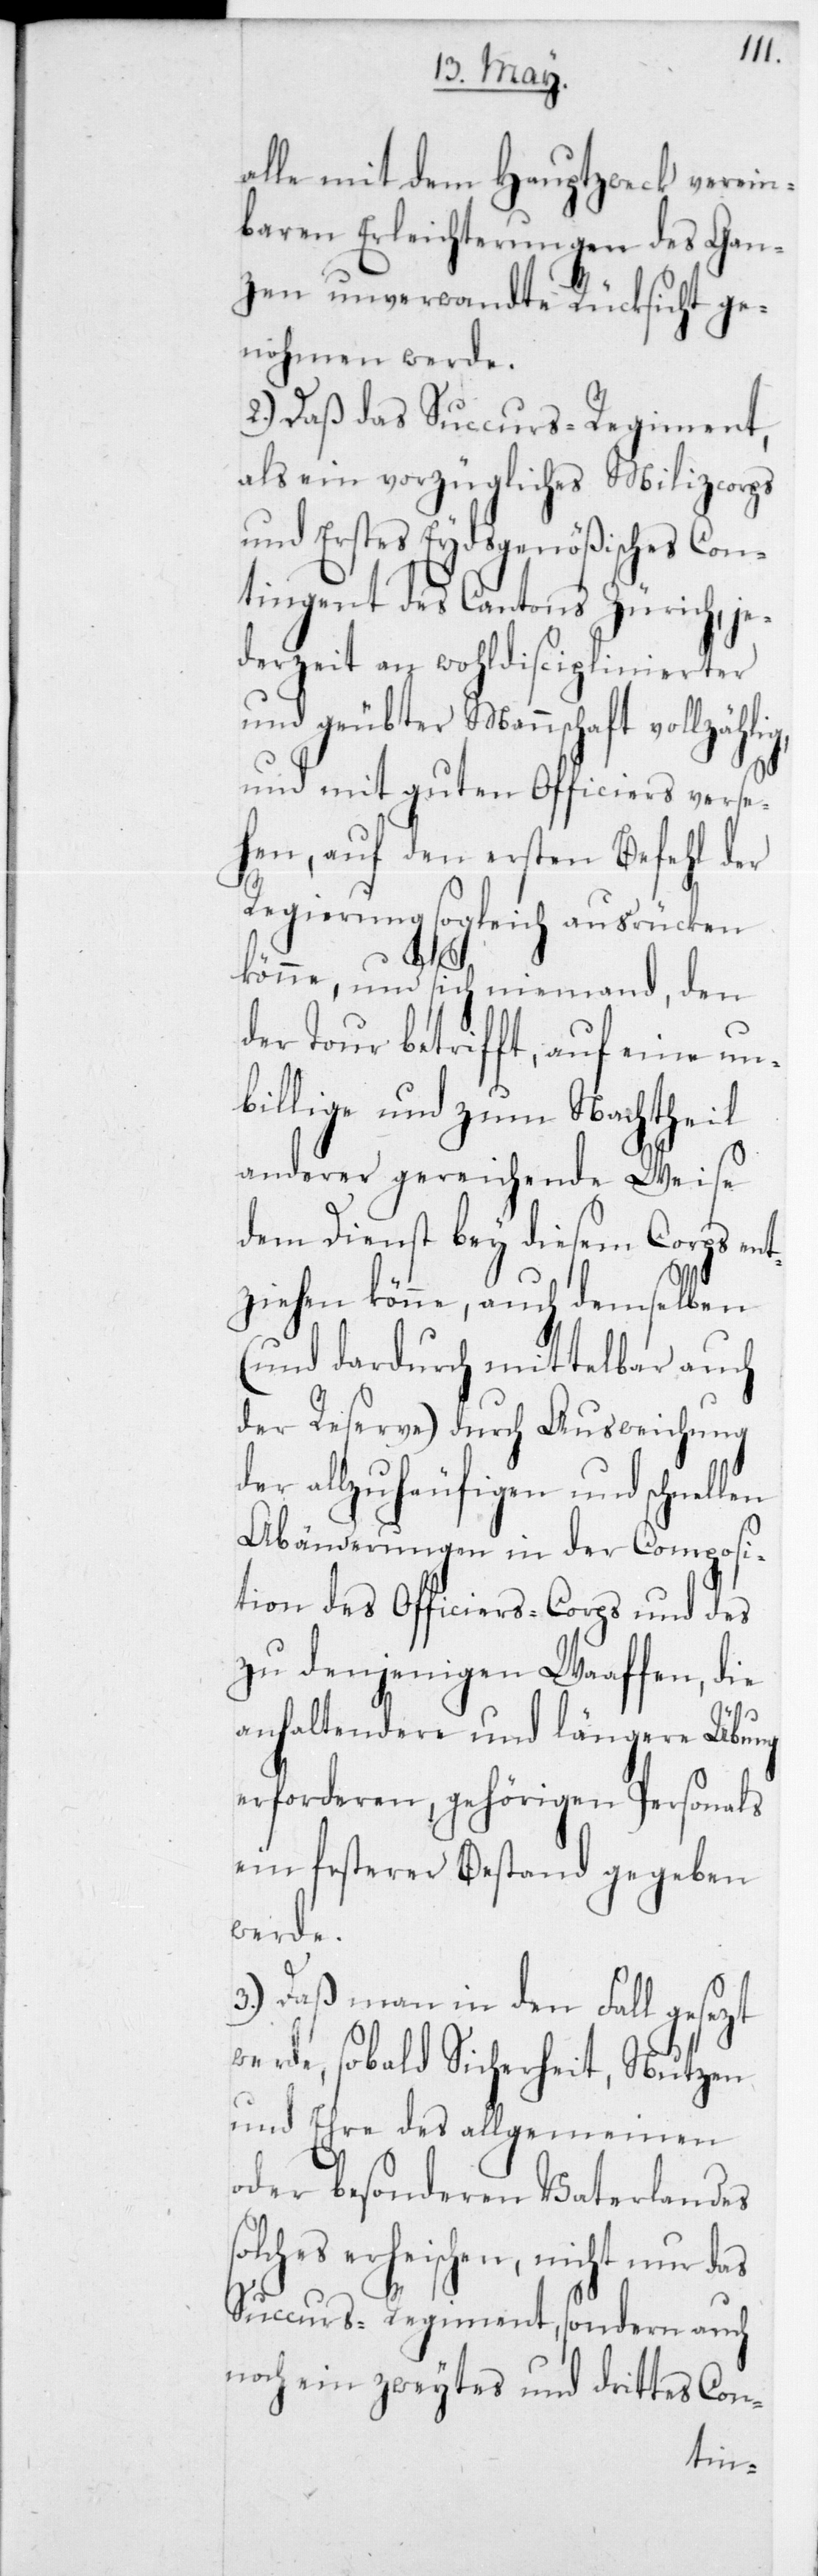
alle mit dem Hauptzweck verein¬
baren Erleichterungen des Gan¬
zen unverwandte Rücksicht ge¬
nohmen werde.
2.) Daß das Succurs-Regiment,
als ein vorzügliches Milizcorps
und erstes Eydsgenößisches Con¬
tingent des Cantons Zürich, je¬
derzeit an wohldisciplinierter
und geubter Mannschaft vollzähli¬
und mit guten Officiers verse¬
hen, auf den ersten Befehl der
Regierung sogleich ausrücken
len
könne, und sich niemand, den
der Tour betrifft, auf eine un¬
billige und zum Nachtheil
anderer gereichende Weise
dem Dienst bey diesem Corps en¬
tziehen könne, auch demselben
(und dardurch mittelbar auch
der Reserve) durch Ausweichung
der allzuhäufigen und schnel¬
Abänderungen in der Composi¬
tion des Officiers-Corps und des
zu denjenigen Waaffen, die
anhaltendere und längere Übung
erforderen, gehörigen Personals
ein festerer Bestand gegeben
werde.
3.) Daß man in den Fall gesezt
werde, sobald Sicherheit, Nutzen
und Ehre des allgemeinen
oder besonderen Vaterlandes
solches erheischen, nicht nur das
Succurs-Regiment, sondern auch
noch ein zweytes und drittes Con-